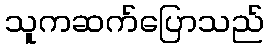
သူကဆက်ပြောသည်